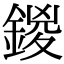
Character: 鍐